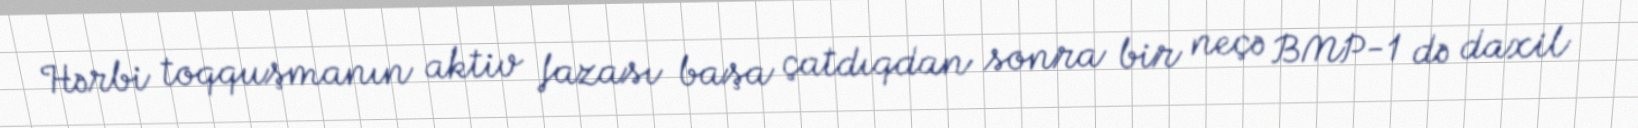
Hərbi toqquşmanın aktiv fazası başa çatdıqdan sonra bir neçə BMP-1 də daxil